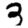
Digit: 3